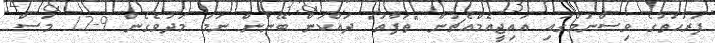
ފަރުހަތުގެ ވިސްނުމުގައި އައިޖީއެމްއެޗުން "ތަފާތު" ދައްކަން ބޭނުން ނަމަ މަދުވެގެން 9-12 މަސް